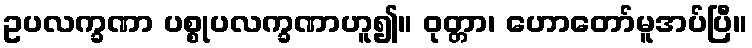
ဥပလက္ခဏာ ပစ္စုပလက္ခဏာဟူ၍။ ဝုတ္တာ၊ ဟောတော်မူအပ်ပြီ။